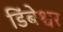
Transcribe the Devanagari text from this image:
डिंबेश्वर